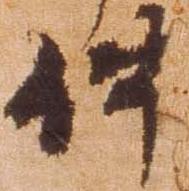
件